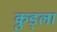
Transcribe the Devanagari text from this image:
कुड्ला